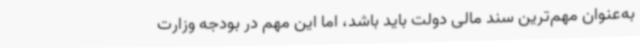
به‌عنوان مهم‌ترین سند مالی دولت باید باشد، اما این مهم در بودجه وزارت